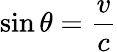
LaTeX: \sin\theta={\frac{v}{c}}